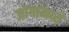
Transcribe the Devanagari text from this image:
जोगांमध्ये